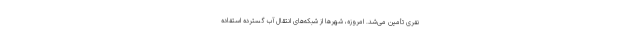
نفری تأمین می‌شد. امروزه، شهرها از شبکه‌های انتقال آب ‌گسترده استفاده